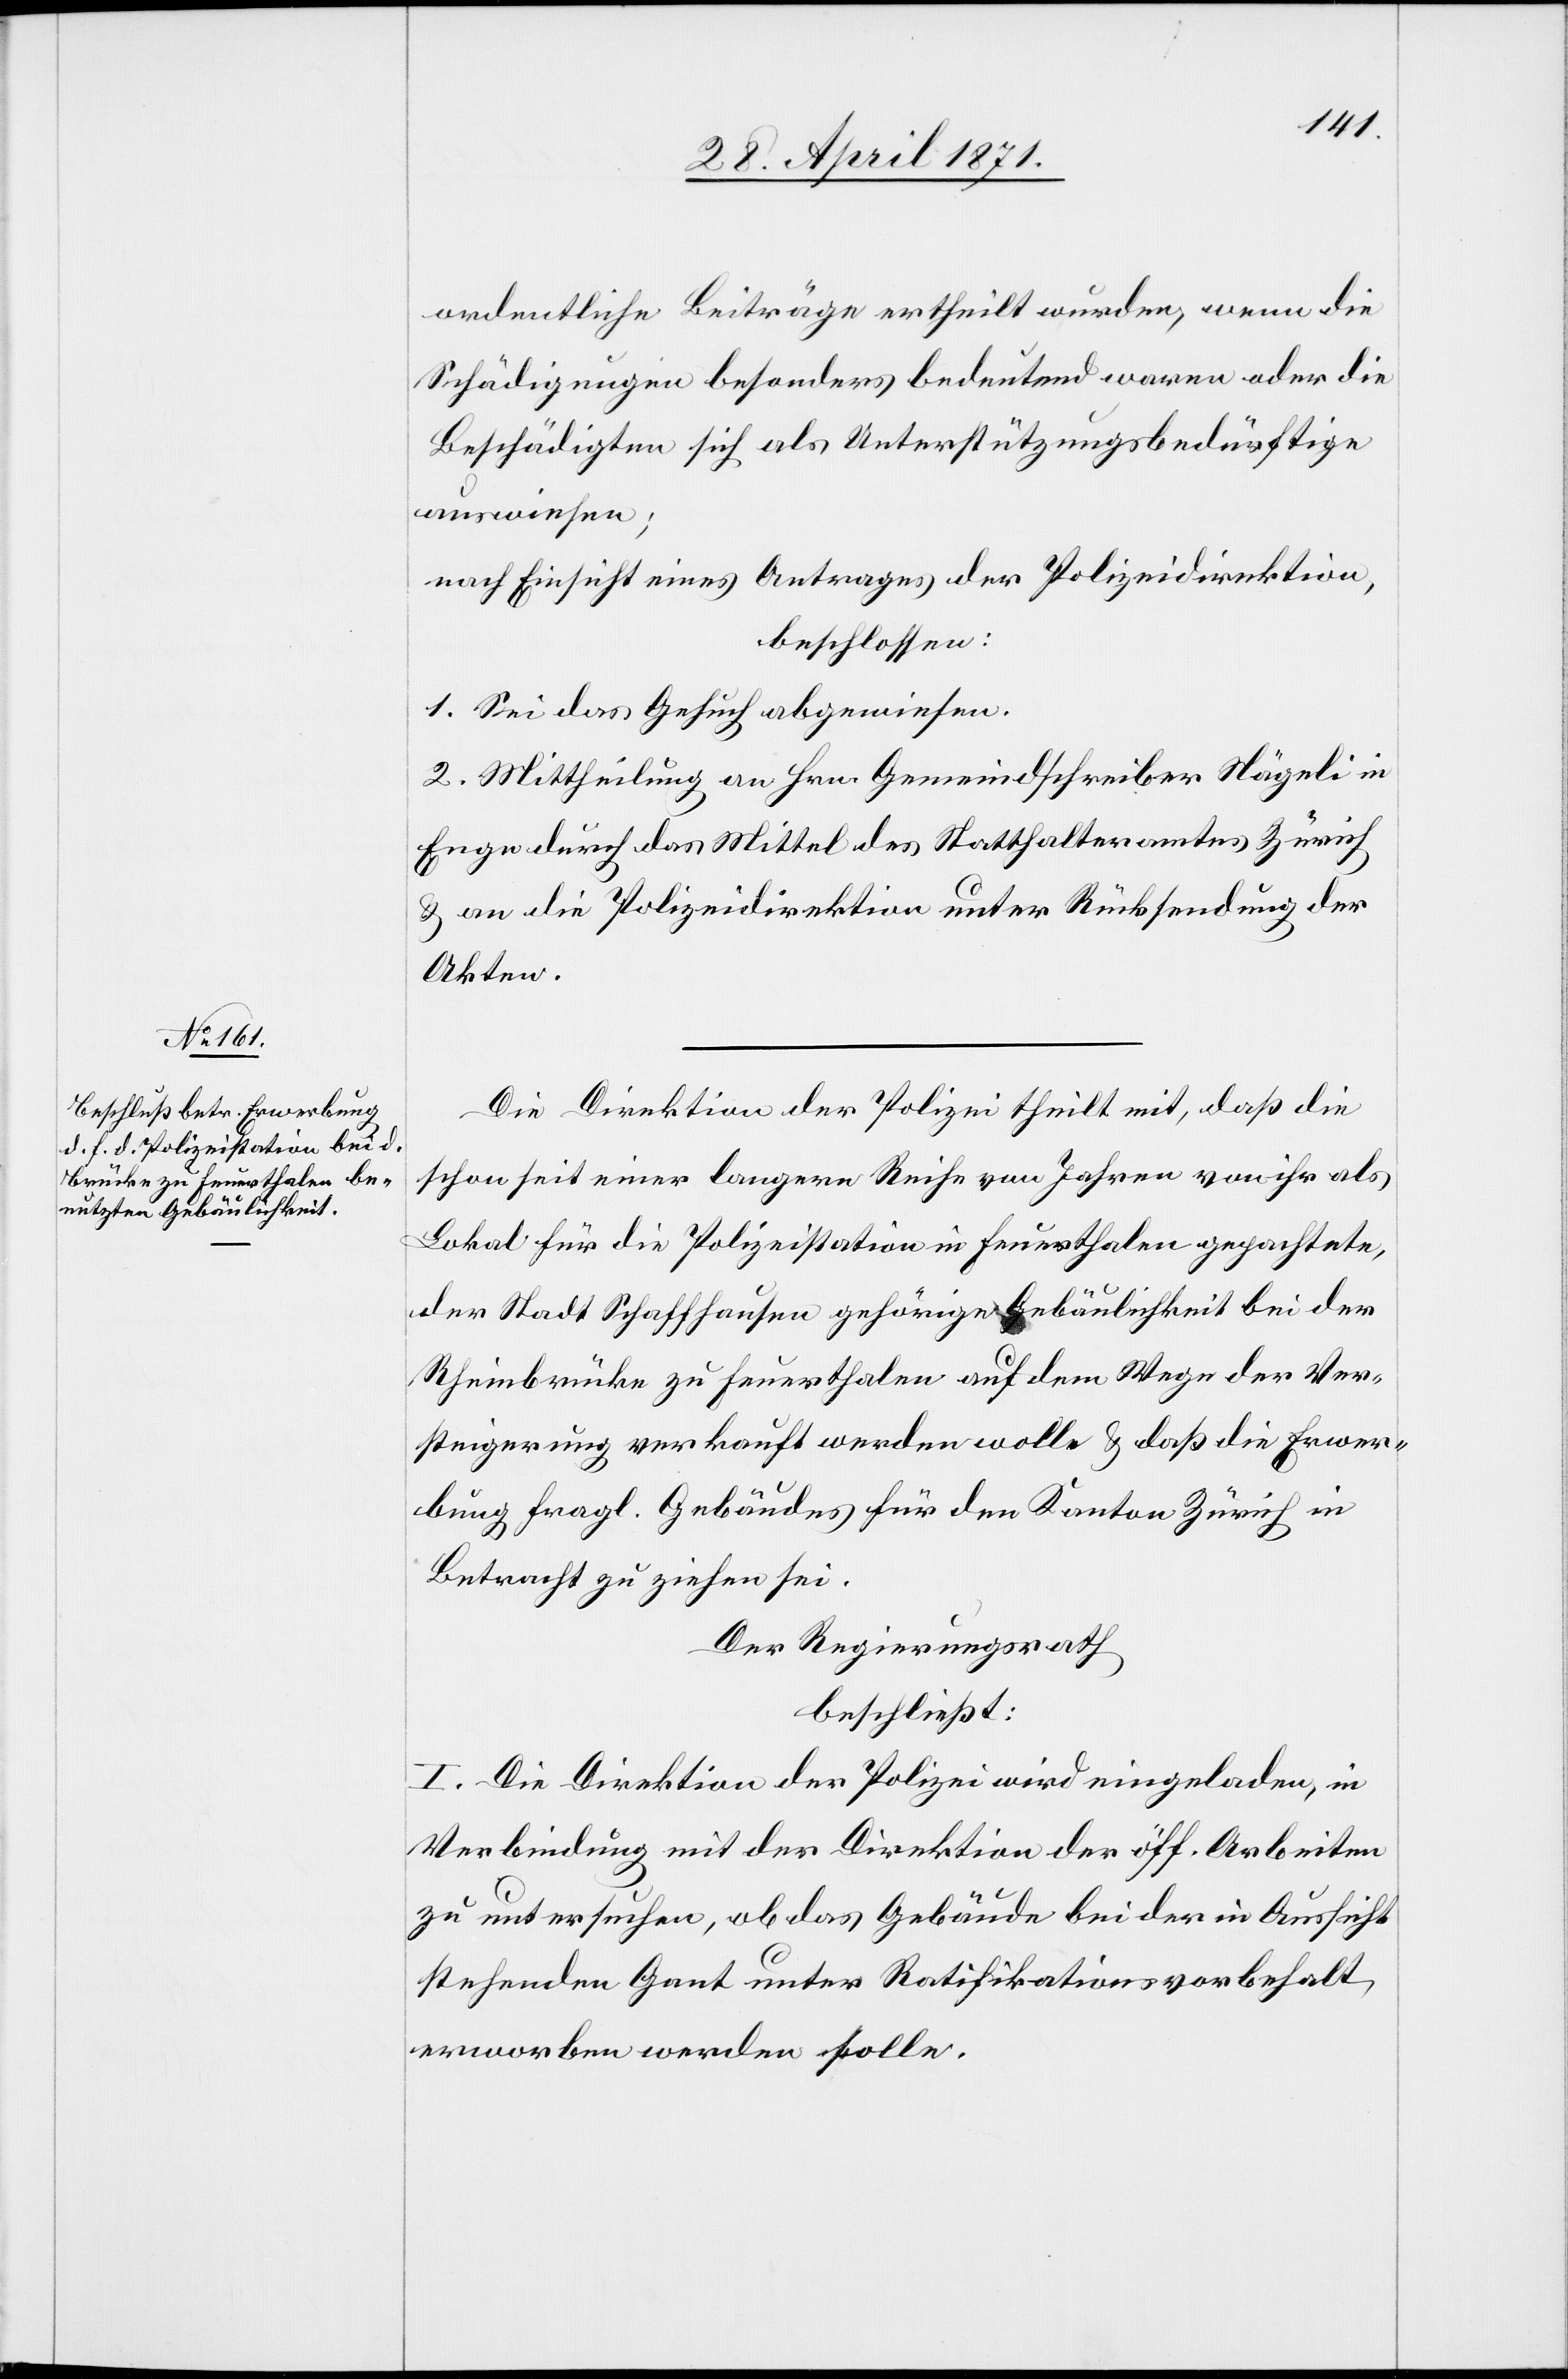
ordentliche Beiträge ertheilt wurden, wenn die
Schädigungen besonders bedeutend waren oder die
Beschädigten sich als Unterstützungsbedürftige
auswiesen;
nach Einsicht eines Antrages der Polizeidirektion,
beschlossen:
1. Sei das Gesuch abgewiesen.
2. Mittheilung an Hrn. Gemeindschreiber Nägeli in
Enge durch das Mittel des Statthalteramtes Zürich
u. an die Polizeidirektion unter Rücksendung der
Akten.
Die Direktion der Polizei theilt mit, daß die
schon seit einer langern [sic!] Reihe von Jahren von ihr als
Lokal für die Polizeistation in Feuerthalen gepachtete,
der Stadt Schaffhausen gehörige Gebäulichkeit bei der
Rheinbrücke zu Feuerthalen auf dem Wege der Ver¬
steigerung verkauft werden wolle u. daß die Erwer¬
bung fragl. Gebäudes für den Kanton Zürich in
Betracht zu ziehen sei.
Der Regierungsrath
beschließt:
I. Die Direktion der Polizei wird eingeladen, in
Verbindung mit der Direktion der öff. Arbeiten
zu untersuchen, ob das Gebäude bei der in Aussicht
stehenden Gant unter Ratifikationsvorbehalt
erworben werden solle.